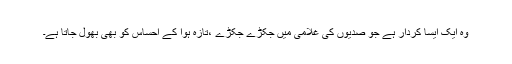
وہ ایک ایسا کردار ہے جو صدیوں کی غلامی میں جکڑے جکڑے ،تازہ ہوا کے احساس کو بھی بھول جاتا ہے۔